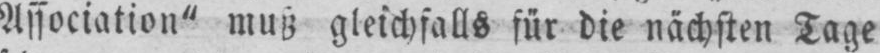
Association” muß gleichfalls für die nächsten Tage